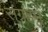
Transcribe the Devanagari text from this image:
संग्रहमु